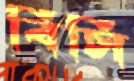
বিসি